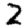
Digit: 2